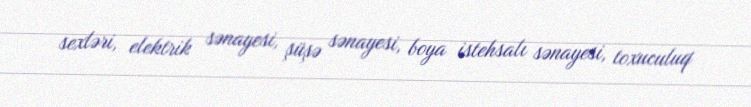
sexləri, elektrik sənayesi, şüşə sənayesi, boya istehsalı sənayesi, toxuculuq